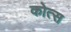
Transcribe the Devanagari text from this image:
कोत्स